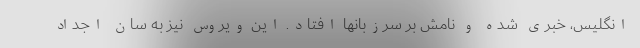
انگلیس، خبری شده و نامش بر سرزبانها افتاد. این ویروس نیز به سان اجداد